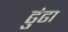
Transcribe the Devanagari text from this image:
ढुंढा